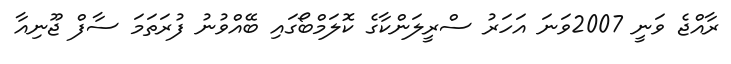
ރާއްޖެ ވަނީ 2007ވަނަ އަހަރު ސްރީލަންކާގެ ކޮލަމްބޯގައި ބޭއްވުނު ފުރަތަމަ ސާފް ޖޫނިއާ